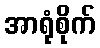
အာရုံစိုက်